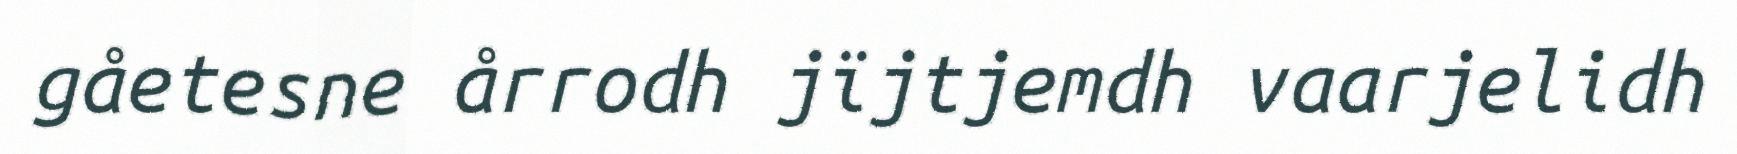
gåetesne årrodh jïjtjemdh vaarjelidh